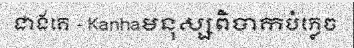
ជាងគេ - Kanhaមនុស្សពិបាកបំភ្លេច